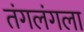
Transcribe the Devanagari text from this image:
तंगलंगला